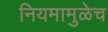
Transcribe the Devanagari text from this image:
नियमामुळेच